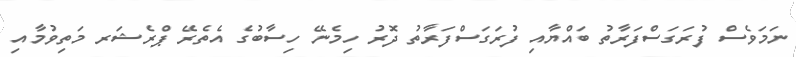
ނަމަވެސް ފުރަގަސްފަރާތު ބައްޔާއި ފުރަގަސްފަރާތު ދޮރު ހިމެނޭ ހިސާބުގެ އެތެރޭ ޕްރެޝަރ މަތިވުމާއި